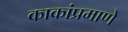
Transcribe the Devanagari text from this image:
काकांप्रमाणे